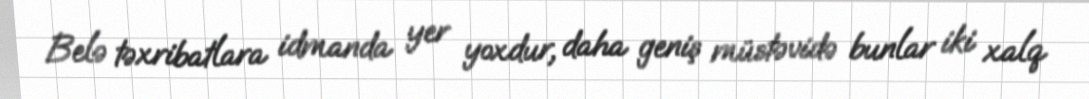
Belə təxribatlara idmanda yer yoxdur, daha geniş müstəvidə bunlar iki xalq